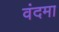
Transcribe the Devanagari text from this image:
वंदमा